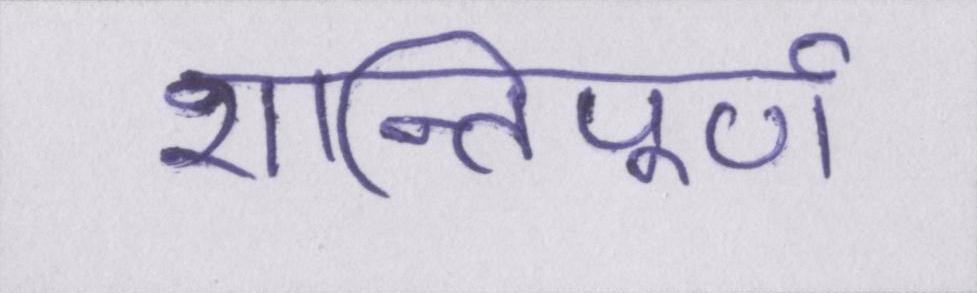
शान्तिपूर्ण